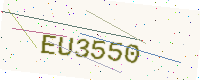
Text: EU3550